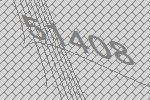
51408